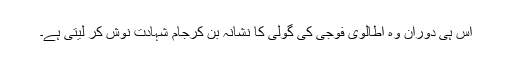
اس ہی دوران وہ اطالوی فوجی کی گولی کا نشانہ بن کرجامِ شہادت نوش کر لیتی ہے۔